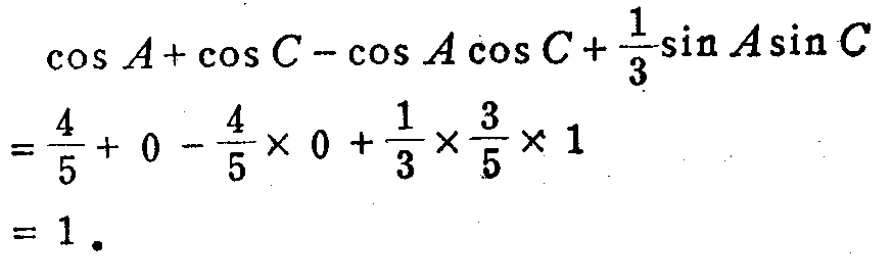
\[
\begin{align*}
&\cos A+\cos C - \cos A\cos C+\frac{1}{3}\sin A\sin C\\
=&\frac{4}{5}+ 0 - \frac{4}{5}\times 0+\frac{1}{3}\times\frac{3}{5}\times 1\\
=&1.
\end{align*}
\]